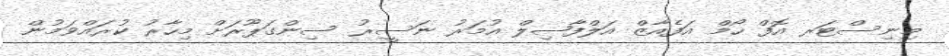
މިނިސްޓަރ އޮފް ހޯމް އަފެއާޒް އަލްފާޟިލް އުމަރު ނަސީރު ސިންގަޕޫރަށް މިހާރު ކުރައްވަމުން